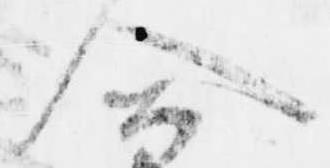
合